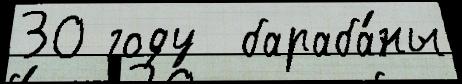
30 году  бараба́ны